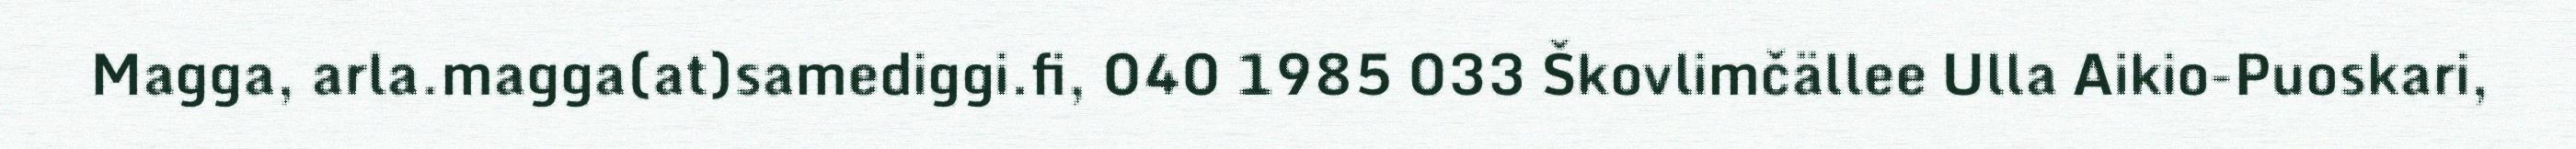
Magga, arla.magga(at)samediggi.fi, 040 1985 033 Škovlimčällee Ulla Aikio-Puoskari,